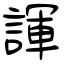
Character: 諢